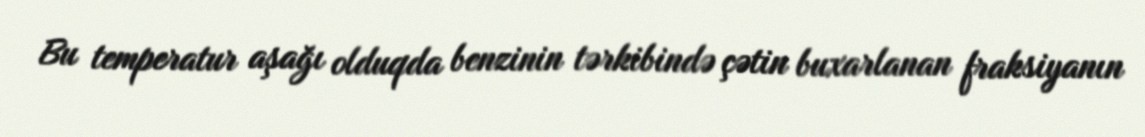
Bu temperatur aşağı olduqda benzinin tərkibində çətin buxarlanan fraksiyanın